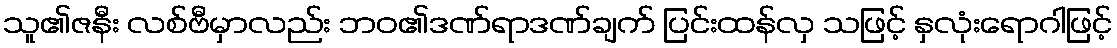
သူ၏ဇနီး လစ်ဗီမှာလည်း ဘဝ၏ဒဏ်ရာဒဏ်ချက် ပြင်းထန်လှ သဖြင့် နှလုံးရောဂါဖြင့်